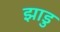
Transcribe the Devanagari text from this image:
झाडु